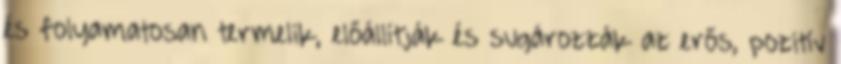
és folyamatosan termelik, előállítják és sugározzák az erős, pozitív